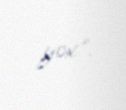
yox”.